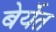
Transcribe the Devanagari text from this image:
बेर्येत